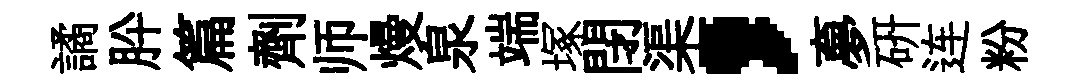
譎肸篇劑师熳泉端塚閉渠，夣研连粉